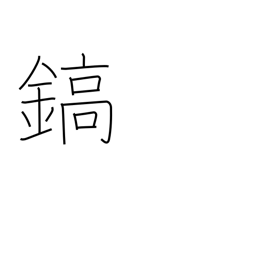
Meaning: sword-blade ridges